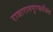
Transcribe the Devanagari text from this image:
राजारामपुरफाजिल